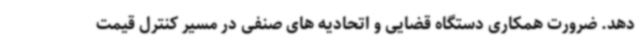
دهد. ضرورت همکاری دستگاه قضایی و اتحادیه های صنفی در مسیر کنترل قیمت